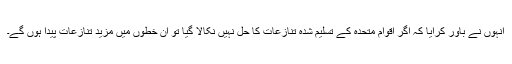
انہوں نے باور کرایا کہ اگر اقوام متحدہ کے تسلیم شدہ تنازعات کا حل نہیں نکالا گیا تو ان خطوں میں مزید تنازعات پیدا ہوں گے۔